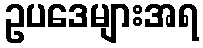
ဥပဒေများအရ